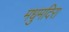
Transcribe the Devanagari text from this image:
मधुमदिरा